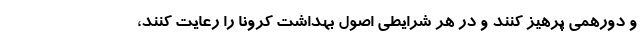
و دورهمی پرهیز کنند و در هر شرایطی اصول بهداشت کرونا را رعایت کنند،